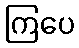
ကြပေ